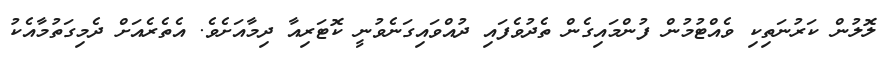
ލޮލުން ކަރުނަތިކި ވެއްޓުމުން ފުންމައިގެން ތެދުވެފައި ދުއްވައިގަނެވުނީ ކޮޓަރިއާ ދިމާއަށެވެ. އެތެރެއަށް ދެމިގަތުމާއެކު